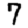
Digit: 7